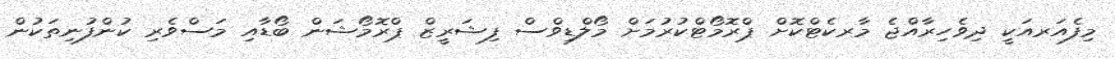
މިފެއަރއަކީ ދިވެހިރާއްޖެ މާރކެޓްކޮށް ޕްރޮމޯޓްކުރުމަށް މޯލްޑިވްސް ފިޝަރީޒް ޕްރޮމޯޝަން ބޯޑާއި މަސްވެރި ކުންފުނިތަކުން